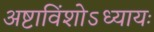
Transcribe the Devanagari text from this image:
अष्टाविंशोऽध्यायः